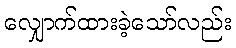
လျှောက်ထားခဲ့သော်လည်း